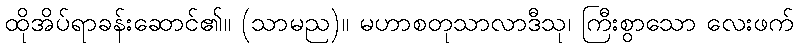
ထိုအိပ်ရာခန်းဆောင်၏။ (သာမည)။ မဟာစတုသာလာဒီသု၊ ကြီးစွာသော လေးဖက်